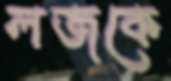
লজকে